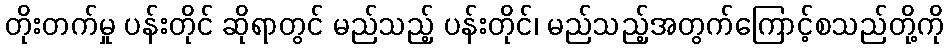
တိုးတက်မှု ပန်းတိုင် ဆိုရာတွင် မည်သည့် ပန်းတိုင်၊ မည်သည့်အတွက်ကြောင့်စသည်တို့ကို